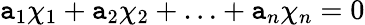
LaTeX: \mathtt{a}_{1}\chi_{1}+\mathtt{a}_{2}\chi_{2}+\ldots+\mathtt{a}_{n}\chi_{n}=0